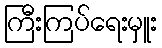
ကြီးကြပ်ရေးမှူး